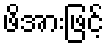
ဖိအားဖြင့်